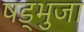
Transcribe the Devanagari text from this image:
षड्भुजा